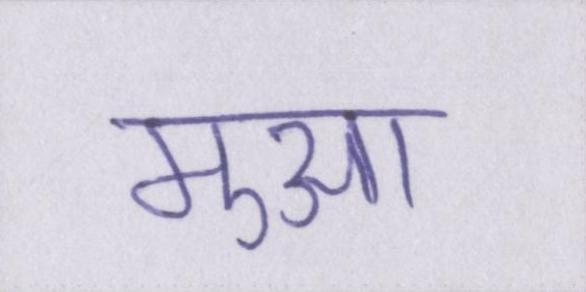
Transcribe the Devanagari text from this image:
मुआ